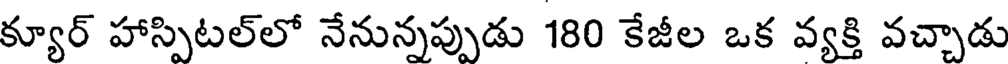
క్యూర్ హాస్పిటల్లో నేనున్నప్పుడు 180 కేజీల ఒక వ్యక్తి వచ్చాడు